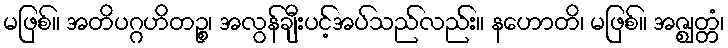
မဖြစ်။ အတိပဂ္ဂဟိတဉ္စ၊ အလွန်ချီးပင့်အပ်သည်လည်း။ နဟောတိ၊ မဖြစ်။ အဇ္ဈတ္တံ၊